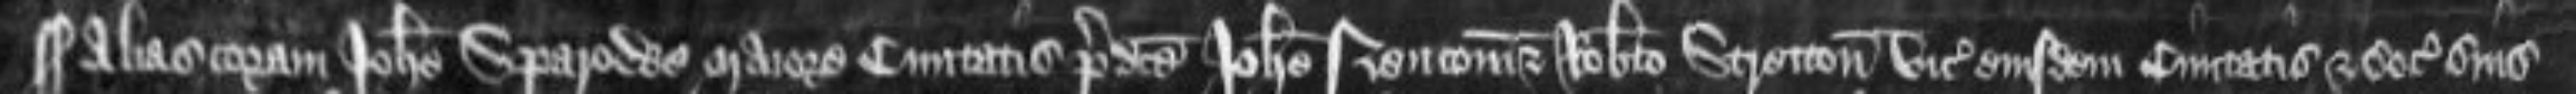
¶Alias coram Johanne Sparowe maiore civitatis predicte Johanne Neucom et Roberto Stretton vicecomitibus eiusdem civitatis et sociis suis